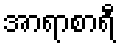
အာရာစာရီ